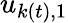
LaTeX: u_{k(t),1}